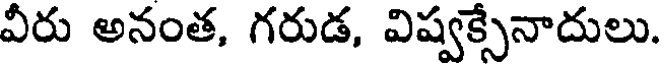
వీరు అనంత, గరుడ, విష్వక్సేనాదులు.